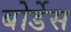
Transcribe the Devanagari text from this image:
बोर्डेस